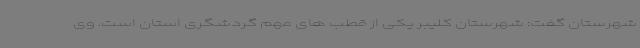
شهرستان گفت: شهرستان کلیبر یکی از قطب های مهم گردشگری استان است. وی